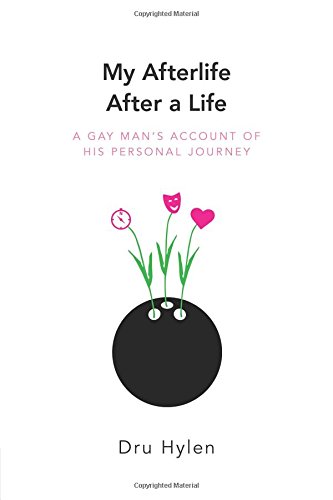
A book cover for My Afterlife After a Life; Dru Hylen; Gay & Lesbian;